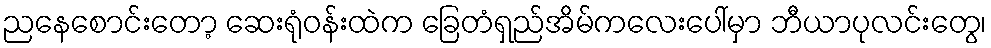
ညနေစောင်းတော့ ဆေးရုံဝန်းထဲက ခြေတံရှည်အိမ်ကလေးပေါ်မှာ ဘီယာပုလင်းတွေ၊